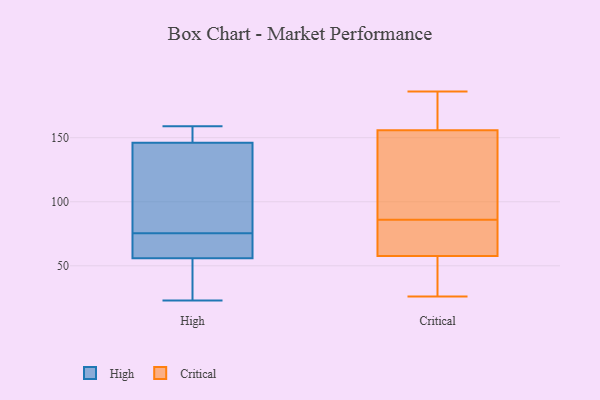
{"axis": {"x": "Shipments", "y": "Value"}, "legend": ["Critical", "High"], "data": [{"x": "", "y": 159, "type": "High"}, {"x": "", "y": 23, "type": "High"}, {"x": "", "y": 56, "type": "High"}, {"x": "", "y": 145, "type": "High"}, {"x": "", "y": 56, "type": "High"}, {"x": "", "y": 66, "type": "High"}, {"x": "", "y": 150, "type": "High"}, {"x": "", "y": 146, "type": "High"}, {"x": "", "y": 28, "type": "High"}, {"x": "", "y": 85, "type": "High"}, {"x": "", "y": 154, "type": "Critical"}, {"x": "", "y": 85, "type": "Critical"}, {"x": "", "y": 26, "type": "Critical"}, {"x": "", "y": 116, "type": "Critical"}, {"x": "", "y": 40, "type": "Critical"}, {"x": "", "y": 57, "type": "Critical"}, {"x": "", "y": 86, "type": "Critical"}, {"x": "", "y": 161, "type": "Critical"}, {"x": "", "y": 80, "type": "Critical"}, {"x": "", "y": 170, "type": "Critical"}, {"x": "", "y": 109, "type": "Critical"}, {"x": "", "y": 186, "type": "Critical"}, {"x": "", "y": 58, "type": "Critical"}]}